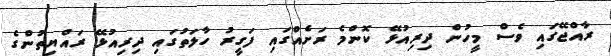
ރާއްޖޭގައި ވެސް މީހުން ދިރިއުޅޭ ކޮންމެ ރަށެއްގައި ފަގީރު ހާލަތުގައި ދިރިއުޅޭ ރައްޔިތުންގެ